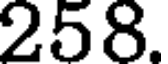
258.